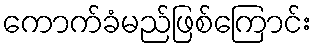
ကောက်ခံမည်ဖြစ်ကြောင်း